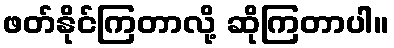
ဖတ်နိုင်ကြတာလို့ ဆိုကြတာပါ။